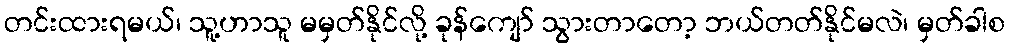
တင်းထားရမယ်၊ သူ့ဟာသူ မမှတ်နိုင်လို့ ခုန်ကျော် သွားတာတော့ ဘယ်တတ်နိုင်မလဲ၊ မှတ်ခါစ